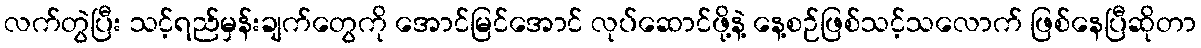
လက်တွဲပြီး သင့်ရည်မှန်းချက်တွေကို အောင်မြင်အောင် လုပ်ဆောင်ဖို့နဲ့ နေ့စဉ်ဖြစ်သင့်သလောက် ဖြစ်နေပြီဆိုတာ